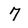
Character: 7